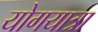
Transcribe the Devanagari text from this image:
योगयात्रा